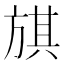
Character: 𣄃